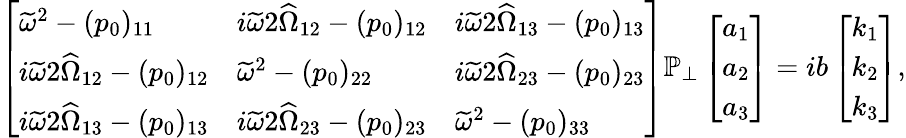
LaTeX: \begin{array}{r}{\left[\begin{array}{lll}{\widetilde{\omega}^{2}-(p_{0})_{11}}&{i\widetilde{\omega}2\widehat{\Omega}_{12}-(p_{0})_{12}}&{i\widetilde{\omega}2\widehat{\Omega}_{13}-(p_{0})_{13}}\\ {i\widetilde{\omega}2\widehat{\Omega}_{12}-(p_{0})_{12}}&{\widetilde{\omega}^{2}-(p_{0})_{22}}&{i\widetilde{\omega}2\widehat{\Omega}_{23}-(p_{0})_{23}}\\ {i\widetilde{\omega}2\widehat{\Omega}_{13}-(p_{0})_{13}}&{i\widetilde{\omega}2\widehat{\Omega}_{23}-(p_{0})_{23}}&{\widetilde{\omega}^{2}-(p_{0})_{33}}\end{array}\right]\mathbb{P}_{\perp}\left[\begin{array}{l}{a_{1}}\\ {a_{2}}\\ {a_{3}}\end{array}\right]=ib\left[\begin{array}{l}{k_{1}}\\ {k_{2}}\\ {k_{3}}\end{array}\right],}\end{array}